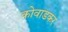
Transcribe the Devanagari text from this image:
कोवाडकर